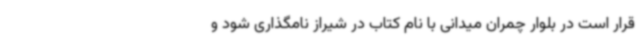
قرار است در بلوار چمران میدانی با نام کتاب در شیراز نامگذاری شود و